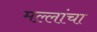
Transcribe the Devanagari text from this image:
मल्लांचा